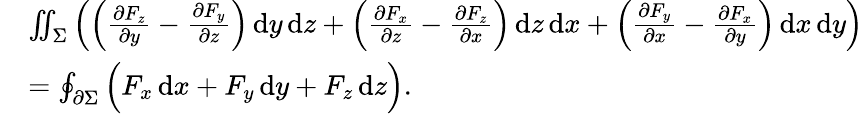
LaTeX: {\begin{array}{rl}&{\iint_{\Sigma}\left(\left({\frac{\partial F_{z}}{\partial y}}-{\frac{\partial F_{y}}{\partial z}}\right)\, \mathrm{d}y\, \mathrm{d}z+\left({\frac{\partial F_{x}}{\partial z}}-{\frac{\partial F_{z}}{\partial x}}\right)\, \mathrm{d}z\, \mathrm{d}x+\left({\frac{\partial F_{y}}{\partial x}}-{\frac{\partial F_{x}}{\partial y}}\right)\, \mathrm{d}x\, \mathrm{d}y\right)}\\ &{=\oint_{\partial\Sigma}{\Bigl(}F_{x}\, \mathrm{d}x+F_{y}\, \mathrm{d}y+F_{z}\, \mathrm{d}z{\Bigr)}.}\end{array}}